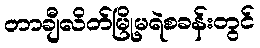
တာချီလိတ်မြို့မရဲစခန်းတွင်